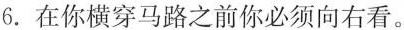
6.在你横穿马路之前你必须向右看。